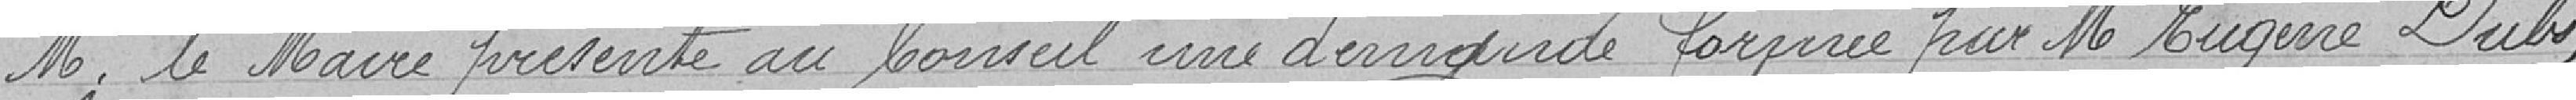
M. le Maire présente au Conseil une demande formée par M. Eugène Dubs